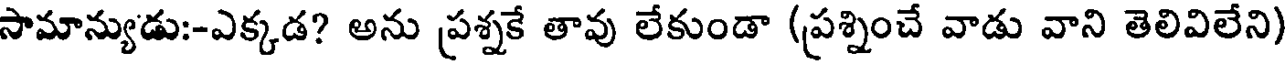
సామాన్యుడు:-ఎక్కడ? అను ప్రశ్నకే తావు లేకుండా (ప్రశ్నించే వాడు వాని తెలివిలేని)